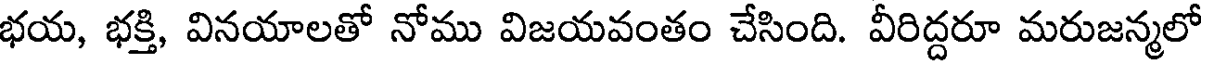
భయ, భక్తి, వినయాలతో నోము విజయవంతం చేసింది. వీరిద్దరూ మరుజన్మలో